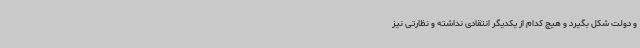
و دولت شکل بگیرد و هیچ کدام از یکدیگر انتقادی نداشته و نظارتی نیز